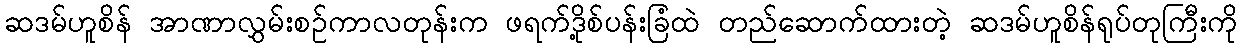
ဆဒမ်ဟူစိန် အာဏာလွှမ်းစဉ်ကာလတုန်းက ဖရက်ဒို့စ်ပန်းခြံထဲ တည်ဆောက်ထားတဲ့ ဆဒမ်ဟူစိန်ရုပ်တုကြီးကို